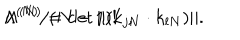
\Lambda ^ { ( N ) } / ( N - 1 ) ! \; \; , \hspace { 1 0 m m } \Lambda ^ { ( N ) } = \det \| ( k _ { j N } \cdot k _ { l N } ) \| .